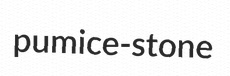
pumice-stone